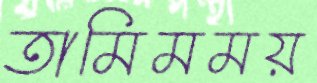
তামিমময়